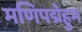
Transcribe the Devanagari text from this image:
मणिपद्मेहुम